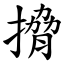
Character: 搚